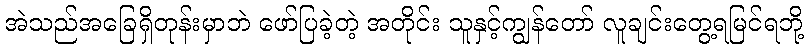
အဲသည်အခြေရှိတုန်းမှာဘဲ ဖော်ပြခဲ့တဲ့ အတိုင်း သူနှင့်ကျွန်တော် လူချင်းတွေ့ရမြင်ရဘို့